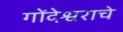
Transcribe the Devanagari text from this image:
गोंदेश्वराचे